Papaver somniferum - Opium : an extract from the sixth volume of the Dictionary of Economic Products of India
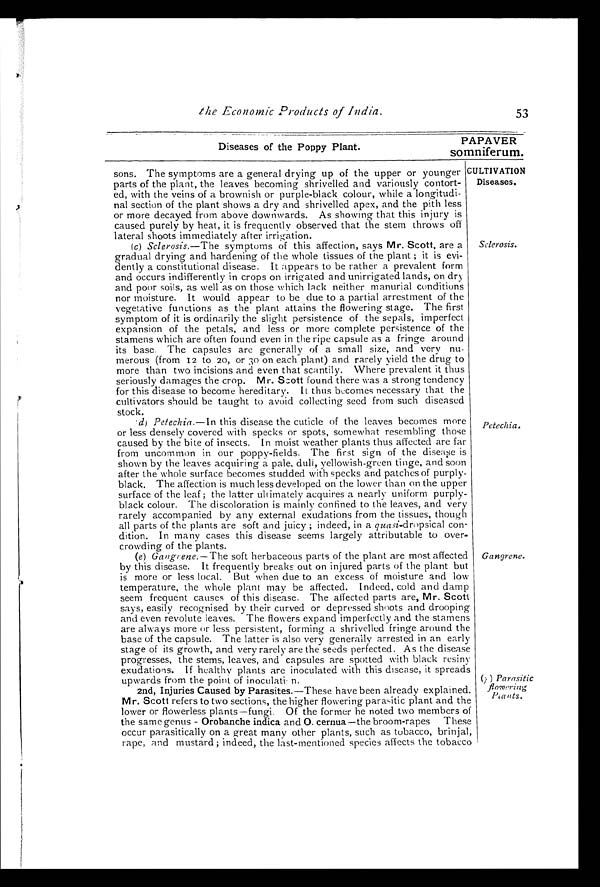
the Economic Products of India.
Diseases of the Poppy Plant.
53
PAPAVER
somniferum.
CULTIVATION
Diseases.
sons. The symptoms are a general drying up of the upper or younger
parts of the plant, the leaves becoming shrivelled and variously contort--
ed, with the veins of a brownish or purple-black colour, while a longitudi--
nal section of the plant shows a dry and shrivelled apex, and the pith less
or more decayed from above downwards. As showing that this injury is
caused purely by heat, it is frequently observed that the stem throws off
lateral shoots immediately after irrigation.
(c) Sclerosis.—The symptoms of this affection, says Mr. Scott, are a
gradual drying and hardening of the whole tissues of the plant; it is evi--
dently a constitutional disease. It appears to be rather a prevalent form
and occurs indifferently in crops on irrigated and unirrigated lands, on dry
and poor soils, as well as on those which lack neither manurial conditions
nor moisture. It would appear to be due to a partial arrestment of the
vegetative functions as the plant attains the flowering stage. The first
symptom of it is ordinarily the slight persistence of the sepals, imperfect
expansion of the petals, and less or more complete persistence of the
stamens which are often found even in the ripe capsule as a fringe around
its base. The capsules are generally of a small size, and very nu--
merous (from 12 to 20, or 30 on each plant) and rarely yield the drug to
more than two incisions and even that scantily. Where prevalent it thus
seriously damages the crop. Mr. Scott found there was a strong tendency
for this disease to become hereditary. It thus becomes necessary that the
cultivators should be taught to avoid collecting seed from such diseased
stock.
Sclerosis.
(d) Petechia.—In this disease the cuticle of the leaves becomes more
or less densely covered with specks or spots, somewhat resembling those
caused by the bite of insects. In moist weather plants thus affected are far
from uncommon in our poppy-fields. The first sign of the disease is
shown by the leaves acquiring a pale, dull, yellowish-green tinge, and soon
after the whole surface becomes studded with specks and patches of purply
-black. The affection is much less developed on the lower than on the upper
surface of the leaf; the latter ultimately acquires a nearly uniform purply
-black colour. The discoloration is mainly confined to the leaves, and very
rarely accompanied by any external exudations from the tissues, though
all parts of the plants are soft and juicy; indeed, in a quasi-dropsical con-
-dition. In many cases this disease seems largely attributable to over--
crowding of the plants.
(e) Gangrene.—The soft herbaceous parts of the plant are most affected
by this disease. It frequently breaks out on injured parts of the plant but
is more or less local. But when due to an excess of moisture and low
temperature, the whole plant may be affected. Indeed, cold and damp
seem frequent causes of this disease. The affected parts are, Mr. Scott
says, easily recognised by their curved or depressed shoots and drooping
and even revolute leaves. The flowers expand imperfectly and the stamens
are always more or less persistent, forming a shrivelled fringe around the
base of the capsule. The latter is also very generally arrested in an early
stage of its growth, and very rarely are the seeds perfected. As the disease
progresses, the stems, leaves, and capsules are spotted with black resiny
exudations. If healthy plants are inoculated with this disease, it spreads
upwards from the point of inoculation. G a n g r e n e
.
2nd, Injuries Caused by Parasites. —These have been already explained.
Mr. Scott refers to two sections, the higher flowering parasitic plant and the
lower or flowerless plants—fungi. Of the former he noted two members of
the same genus - Orobanche indica and O. cernua —the broom-rapes These
occur parasitically on a great many other plants, such as tobacco, brinjal,
rape, and mustard; indeed, the last-mentioned species affects the tobacco ( ) P a r a s i t i c f l o w e r i n g P l a n t s
.
Petechia.